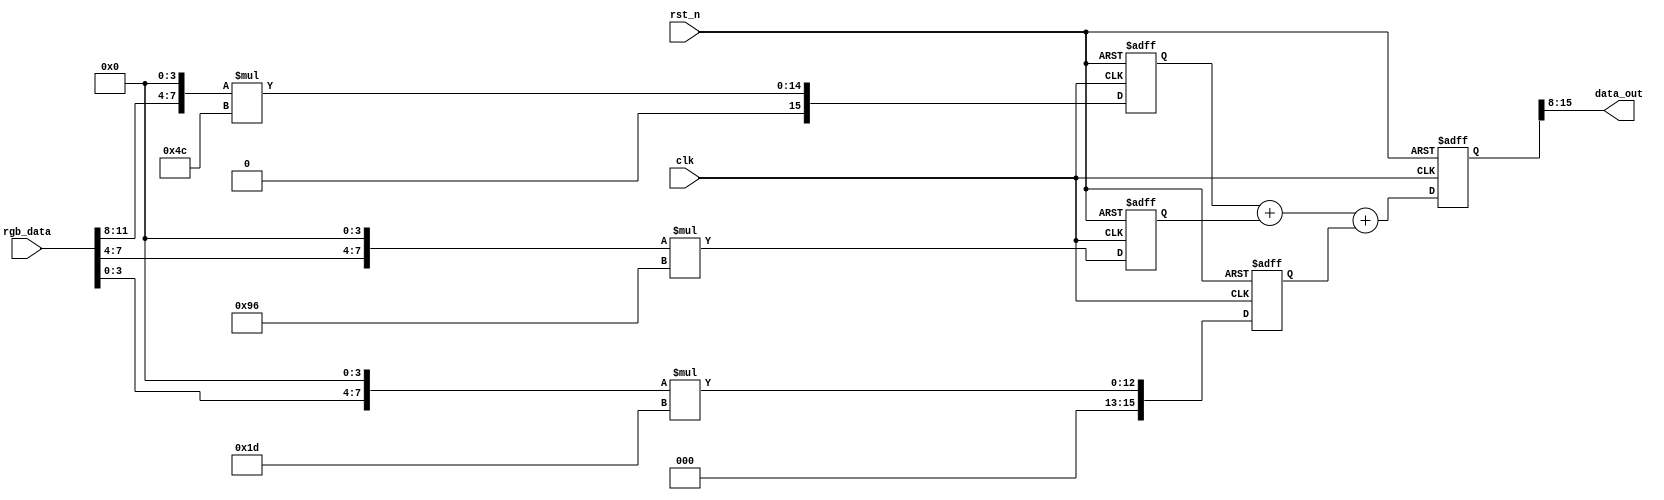
`timescale 1ns / 1ps
//////////////////////////////////////////////////////////////////////////////////
// Company: 
// Engineer: 
// 
// Design Name: 
// Module Name: rgb_to_gray
// Project Name: 
// Target Devices: 
// Tool Versions: 
// Description: 
// 
// Dependencies: 
// 
// Revision:
// Revision 0.01 - File Created
// Additional Comments:
// 
//////////////////////////////////////////////////////////////////////////////////
module rgb_to_gray(
input clk,
input rst_n,
input [11:0] rgb_data,
output [7:0] data_out
    );
reg [15:0] R;//8
reg [15:0] G;
reg [15:0] B;
reg [15:0]gray_temp;

always@(posedge clk or negedge rst_n)
	if(!rst_n)begin
		R <= 16'd0;
		G <= 16'd0; 	
	    B <= 16'd0;
	end
	else begin
		R <= {rgb_data[11:8],4'd0}*16'd76;//0.299*256
		G <= {rgb_data[7:4],4'd0}*16'd150;
        B <= {rgb_data[3:0],4'd0}*16'd29;
	end

always@(posedge clk or negedge rst_n)
	if(!rst_n)
		gray_temp <= 16'd0;
	else 
		gray_temp <= R + G + B;

assign data_out = gray_temp>>16'd8;
endmodule